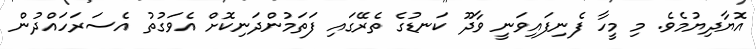
އޮޔާދިޔުމެވެ. މި މީހާ ފެނިފައިވަނީ ވާދޫ ކަނޑުގެ ތެރޭގައި ފަތަމުންދަނިކޮށް އެވަގުތު އެސަރަހައްދުން